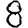
Digit: 8